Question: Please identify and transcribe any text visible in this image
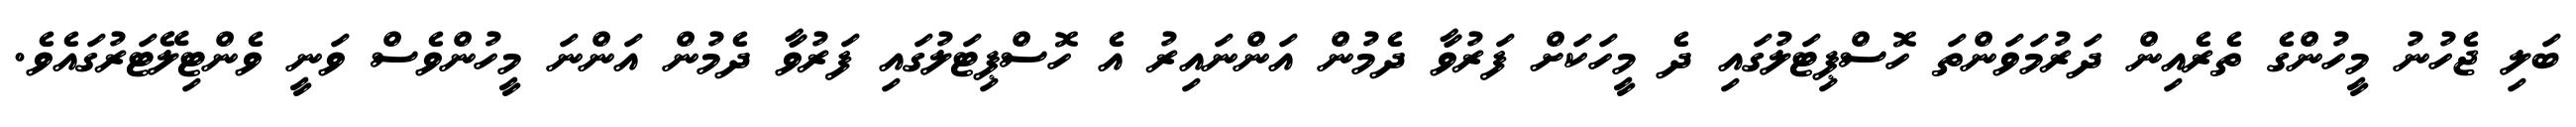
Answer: ބަލި ޖެހުނު މީހުންގެ ތެރެއިން ދަރުމަވަންތަ ހޮސްޕިޓަލުގައި ދެ މީހަކަށް ފަރުވާ ދެމުން އަންނައިރު އެ ހޮސްޕިޓަލުގައި ފަރުވާ ދެމުން އަންނަ މީހުންވެސް ވަނީ ވެންޓިލޭޓަރުގައެވެ.